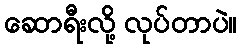
ဆောရီးလို့ လုပ်တာပဲ။